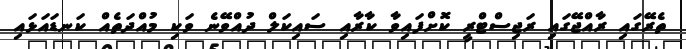
ތެރޭގައި ރާއްޖޭގައި ރަޖިސްޓްރީ ކޮށްފައިވާ ކާރާއި ސައިކަލް ދުއްވޭނެ ވަކި މުއްދަތެއް ކަނޑައަޅައި